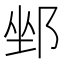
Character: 𨛏